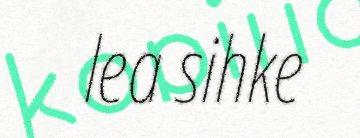
lea sihke